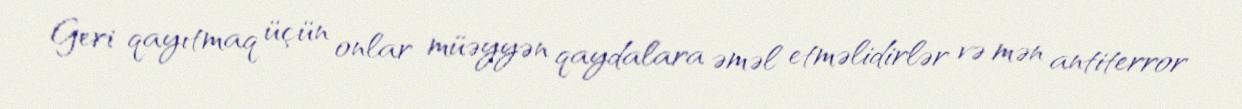
Geri qayıtmaq üçün onlar müəyyən qaydalara əməl etməlidirlər və mən antiterror